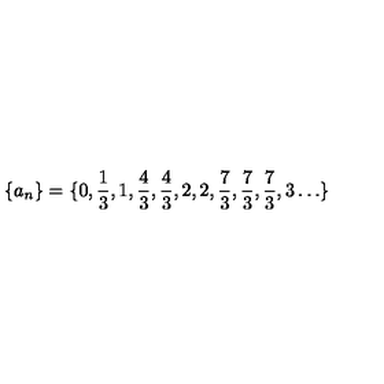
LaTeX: \{ a _ { n } \} = \{ 0 , \frac 1 3 , 1 , \frac 4 3 , \frac 4 3 , 2 , 2 , \frac 7 3 , \frac 7 3 , \frac 7 3 , 3 \ldots \}